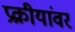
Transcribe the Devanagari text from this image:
प्रक्रीयांवर